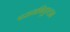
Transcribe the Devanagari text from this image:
परामबिकुलम